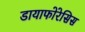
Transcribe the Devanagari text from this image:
डायाफोरेसिस